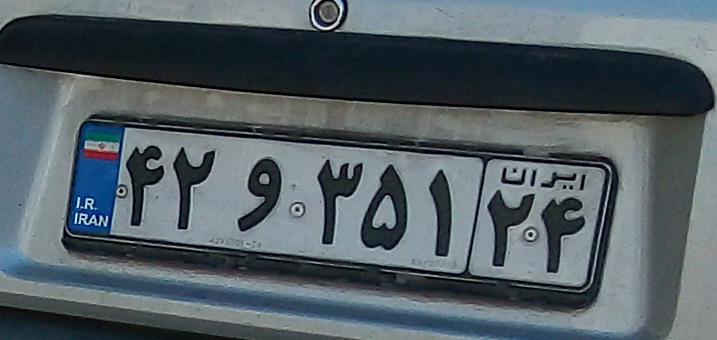
۴۲و۳۵۱۲۴